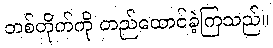
တစ်တိုက်ကို တည်ထောင်ခဲ့ကြသည်။